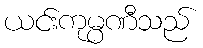
ယင်းကုမ္ပဏီသည်